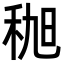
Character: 𫀯